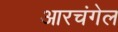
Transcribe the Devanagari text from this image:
आरचंगेल